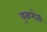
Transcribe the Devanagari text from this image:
वृक्षशेती